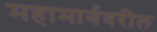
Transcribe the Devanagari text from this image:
महामार्गवरील